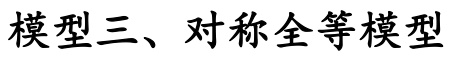
模型三、对称全等模型